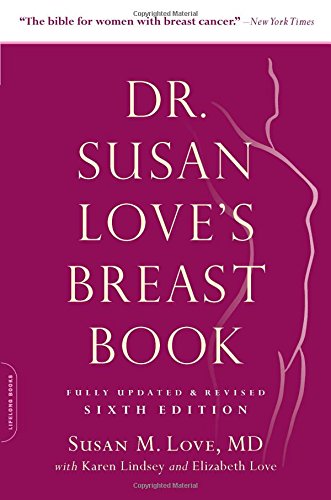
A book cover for Dr. Susan Love's Breast Book (A Merloyd Lawrence Book); Susan M. Love MD; Health, Fitness & Dieting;